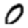
Digit: 0